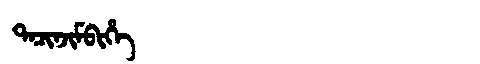
Manchu: ᡨᠠᠴᡳᠨᠵᡳᠮᠪᡳᡥᡝ
Romanization: TACINJIMBIHE